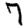
Digit: 7